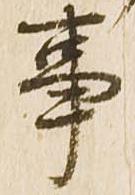
事